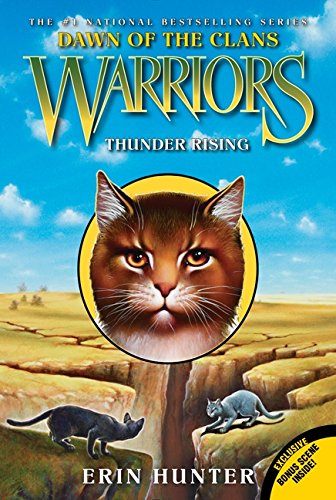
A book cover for Warriors: Dawn of the Clans #2: Thunder Rising; Erin Hunter; Children's Books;